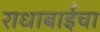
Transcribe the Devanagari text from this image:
राधाबाईंचा